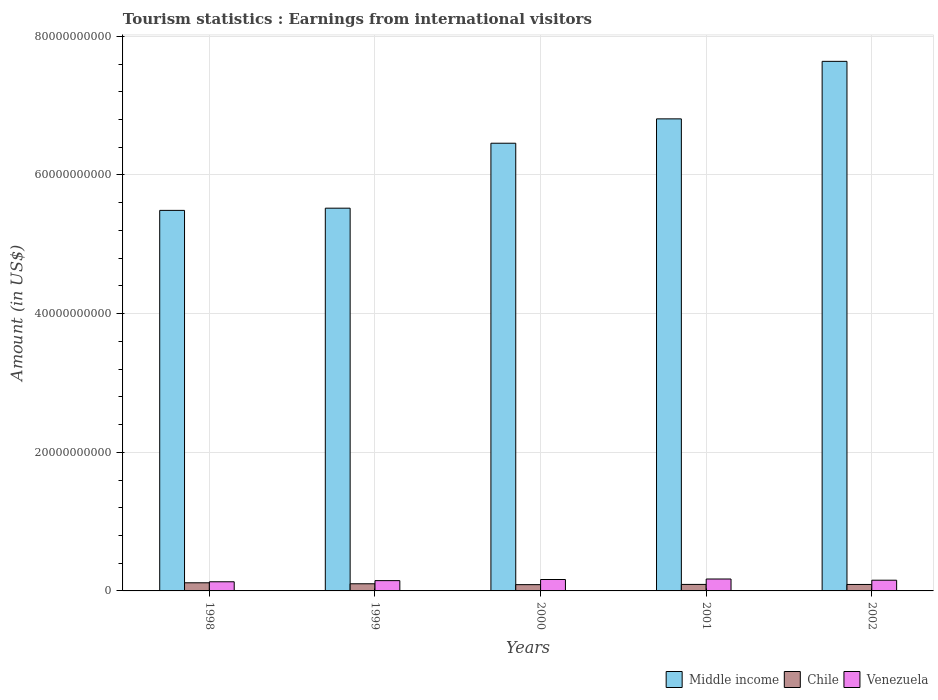
| Years | Middle income | Chile | Venezuela |
 | --- | --- | --- | --- |
 | 1998 | 5.49e+10 | 1.17e+09 | 1.32e+09 |
 | 1999 | 5.52e+10 | 1.03e+09 | 1.48e+09 |
 | 2000 | 6.46e+10 | 9.04e+08 | 1.65e+09 |
 | 2001 | 6.81e+10 | 9.39e+08 | 1.72e+09 |
 | 2002 | 7.64e+10 | 9.32e+08 | 1.55e+09 |